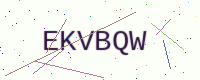
Text: EKVBQW